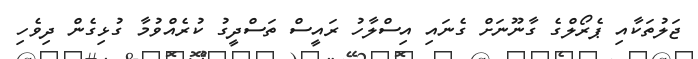
ޖަލުތަކާއި ޕެރޯލްގެ ގާނޫނަށް ގެނައި އިސްލާހު ރައީސް ތަސްދީގު ކުރެއްވުމާ ގުޅިގެން ދިވެހި